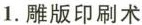
1.雕版印刷术